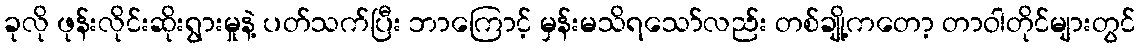
ခုလို ဖုန်းလိုင်းဆိုးရွားမှုနဲ့ ပတ်သက်ပြီး ဘာကြောင့် မှန်းမသိရသော်လည်း တစ်ချို့ကတော့ တာဝါတိုင်များတွင်